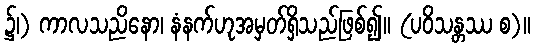
၌၊) ကာလသညိနော၊ နံနက်ဟုအမှတ်ရှိသည်ဖြစ်၍။ (ပဝိသန္တဿ စ)။